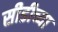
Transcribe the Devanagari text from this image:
सीडीच्या